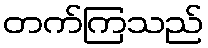
တက်ကြသည်